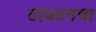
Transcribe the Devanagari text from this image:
टायटनचा